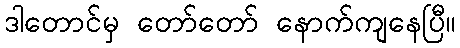
ဒါတောင်မှ တော်တော် နောက်ကျနေပြီ။